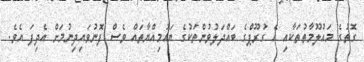
ގޮތުގެ މައުލޫމާތުތަކާއި އެ ގުރޫޕްގެ ބައްދަލުވުންތަކުގެ ޔައުމިއްޔާތައް ވެސް ފޮނުވައިދިނުމަށް އެދިފަ އެވެ.